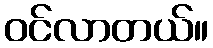
ဝင်လာတယ်။